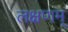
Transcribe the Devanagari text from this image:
लक्षणम्